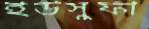
ইউসুফী